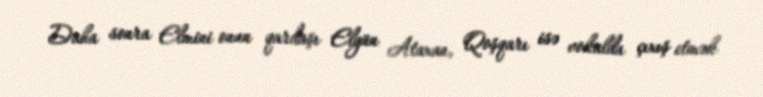
Daha sonra Elmini onun qardaşı Elgün Ataxan, Qoşqarı isə vokalda çıxış etmək